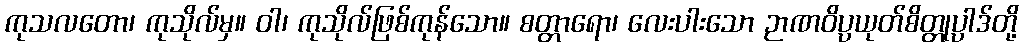
ကုသလတော၊ ကုသိုလ်မှ။ ဝါ၊ ကုသိုလ်ဖြစ်ကုန်သော။ စတ္တာရော၊ လေးပါးသော ဉာဏဝိပ္ပယုတ်စိတ္တုပ္ပါဒ်တို့